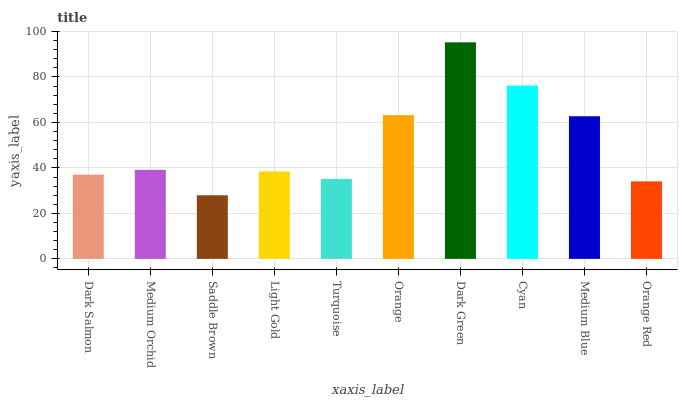
| xaxis_label | bars |
 | --- | --- |
 | Dark Salmon | 37.1 |
 | Medium Orchid | 39.2 |
 | Saddle Brown | 28 |
 | Light Gold | 38.4 |
 | Turquoise | 35.2 |
 | Orange | 63.2 |
 | Dark Green | 95.2 |
 | Cyan | 76.2 |
 | Medium Blue | 62.7 |
 | Orange Red | 34.1 |